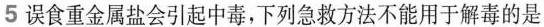
5误食重金属盐会引起中毒，下列急救方法不能用于解毒的是